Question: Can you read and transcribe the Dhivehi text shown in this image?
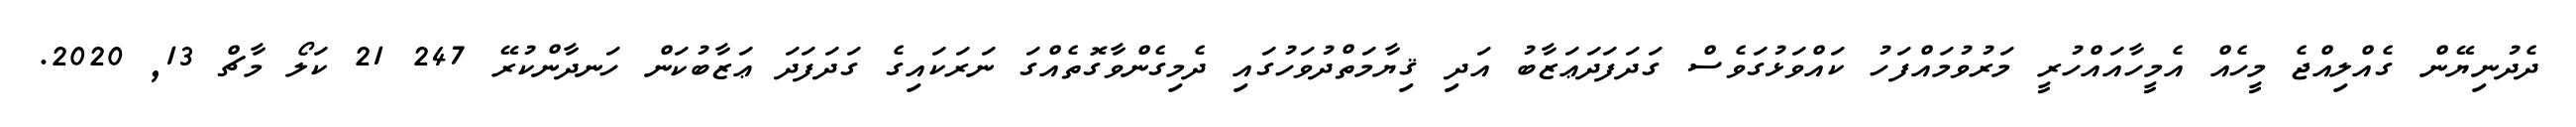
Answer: ދެދުނިޔޭން ގެއްލިއްޖެ މީހެއް އެމީހާއައްހުރީ މަރުވުމައްފަހު ކައްވަޅުގަވެސް ގަދަފަދަޢަޒާބު އަދި ޤިޔާމަތްދުވަހުގައި ދެމިގެންވާގޮތެއްގަ ނަރަކައިގެ ގަދަފަދަ ޢަޒާބުކަން ހަނދާންކުރޭ 247 21 ކަލޯ މާޗް 13, 2020.